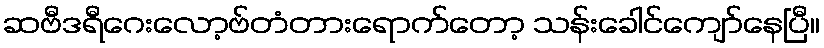
ဆဗီဒရီဂေးလော့ဗ်တံတားရောက်တော့ သန်းခေါင်ကျော်နေပြီ။